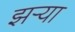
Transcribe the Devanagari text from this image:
झर्‍या